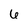
Character: 6